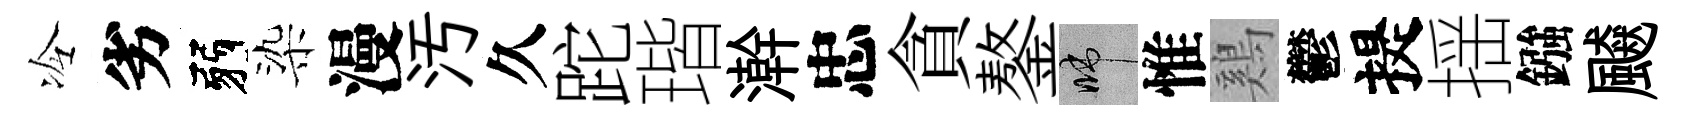
冷劣弱染漫汚久跎瑎澣忠貪鏊啼惟鷄鬱提揺鏹飇